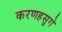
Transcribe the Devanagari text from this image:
करणहसुगे